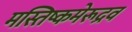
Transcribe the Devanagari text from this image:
मस्तिष्कमेरूद्रव